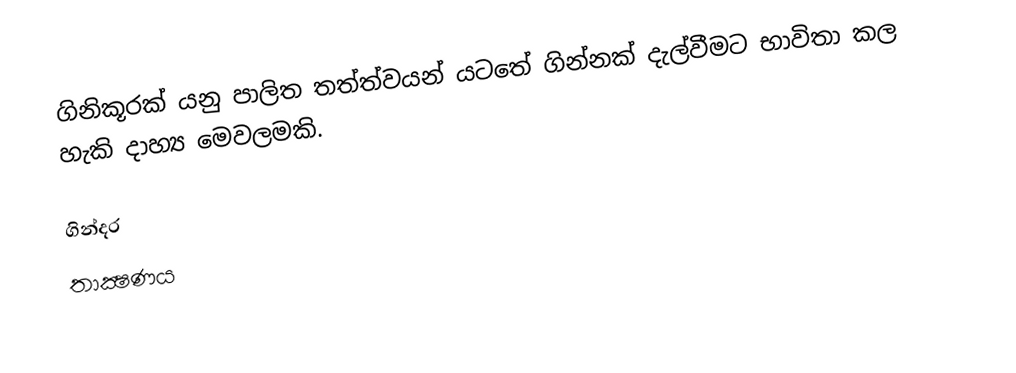
ගිනිකූරක් යනු පාලිත තත්ත්වයන් යටතේ ගින්නක් දැල්වීමට භාවිතා කල හැකි දාහ්‍ය මෙවලමකි.

ගින්දර
තාක්‍ෂණය